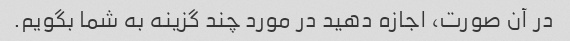
در آن صورت، اجازه دهید در مورد چند گزینه به شما بگویم.